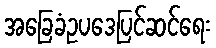
အခြေခံဥပဒေပြင်ဆင်ရေး